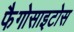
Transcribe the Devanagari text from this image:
फैगोसाइटोस